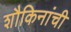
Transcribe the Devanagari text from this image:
शौकिनांची